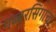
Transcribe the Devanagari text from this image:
गब्बरसिंगाचा